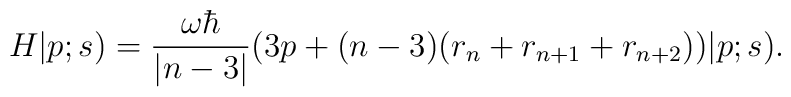
H|p; s) ={\omega \hbar\over{|n-3|}}\big(3p+(n-3)(r_n+r_{n+1}+r_{n+2}) \big)|p; s).